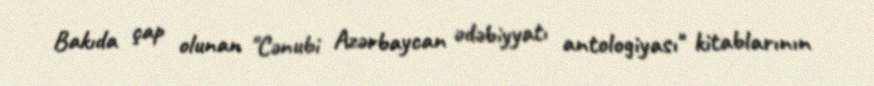
Bakıda çap olunan "Cənubi Azərbaycan ədəbiyyatı antologiyası" kitablarının